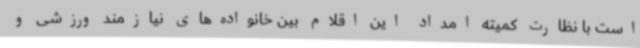
است با نظارت کمیته امداد این اقلام بین خانواده‌های نیازمند ورزشی و